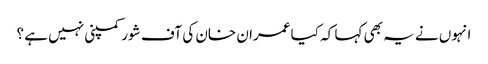
انہوں نے یہ بھی کہا کہ کیا عمران خان کی آف شور کمپنی نہیں ہے ؟